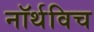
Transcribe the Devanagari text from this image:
नॉर्थविच